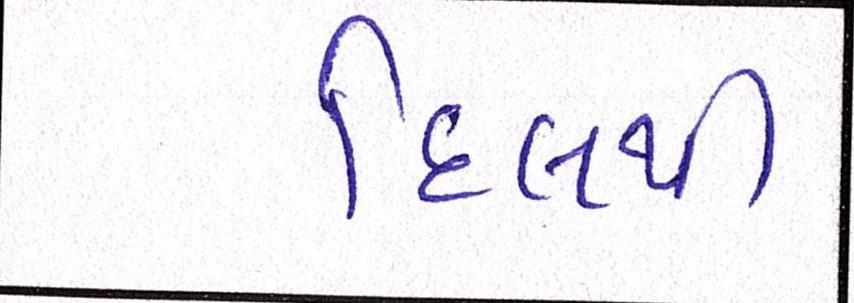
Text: દિલથી